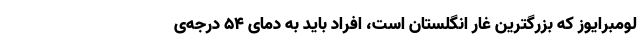
لومبرایوز که بزرگترین غار انگلستان است، افراد باید به دمای ۵۴ درجه‌ی